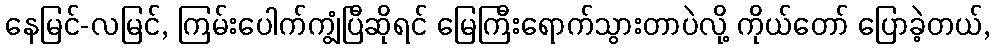
နေမြင်-လမြင်, ကြမ်းပေါက်ကျွံပြီဆိုရင် မြေကြီးရောက်သွားတာပဲလို့ ကိုယ်တော် ပြောခဲ့တယ်,